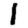
Digit: 1